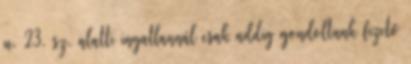
u. 23. sz. alatti ingatlannál csak addig gondoltunk fizető